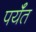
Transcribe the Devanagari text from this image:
पर्यँत